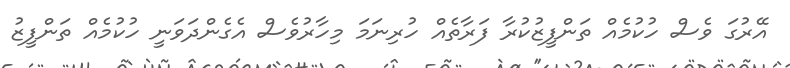
އޭރުގަ ވެސް ހުކުމެއް ތަންފީޒުކުރާ ފަރާތެއް ހުރިނަމަ މިހާރުވެސް އެގެންދަވަނީ ހުކުމެއް ތަންފީޒު